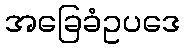
အခြေခံဥပဒေ